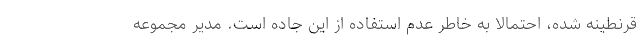
قرنطینه شده، احتمالاً به خاطر عدم استفاده از این جاده است. مدیر مجموعه